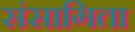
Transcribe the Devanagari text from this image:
संसागिता